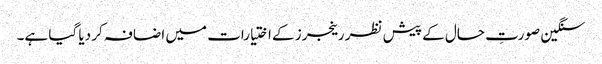
سنگین صورتِ حال کے پیش نظر رینجرز کے اختیارات میں اضافہ کر دیا گیا ہے۔